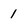
Character: 1